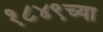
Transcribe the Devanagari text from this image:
१८४९च्या